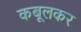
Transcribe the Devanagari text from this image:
कबूलकर